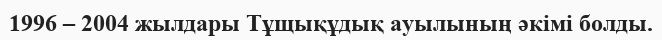
1996 – 2004 жылдары Тұщықұдық ауылының әкімі болды.